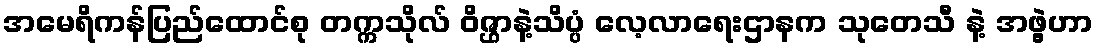
အမေရိကန်ပြည်ထောင်စု တက္ကသိုလ် ဝိဇ္ဌာနဲ့သိပ္ပံ လေ့လာရေးဌာနက သုတေသီ နဲ့ အဖွဲ့ဟာ